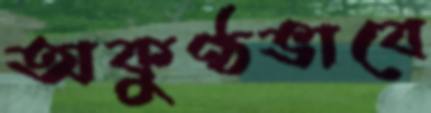
অকুণ্ঠভাবে